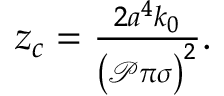
\begin{array} { r } { z _ { c } = \frac { 2 a ^ { 4 } k _ { 0 } } { \left( \mathcal { P } \pi \sigma \right) ^ { 2 } } . } \end{array}